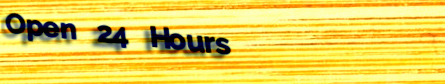
Open 24 Hours